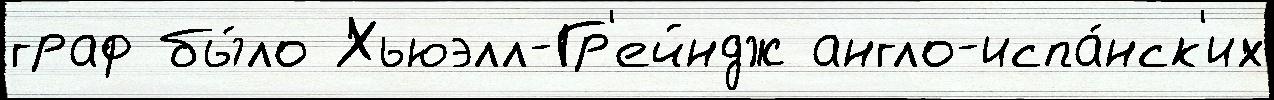
граф бы́ло Хьюэлл-Гр'ейндж англо-испа́нск'их